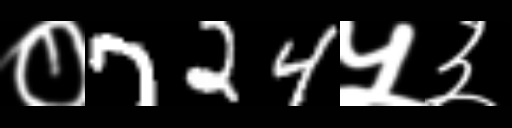
Text: ०724५३